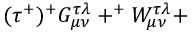
( \tau ^ { + } ) ^ { + } G _ { \mu \nu } ^ { \tau \lambda } + ^ { + } W _ { \mu \nu } ^ { \tau \lambda } +